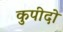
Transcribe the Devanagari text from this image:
कुपीदो